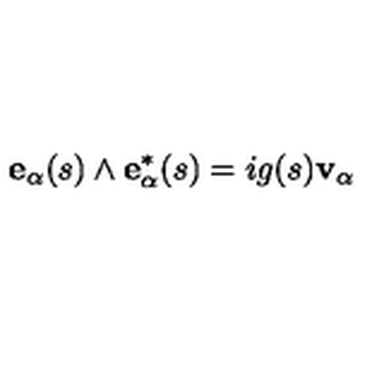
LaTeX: { \bf e } _ { \alpha } ( s ) \wedge { \bf e } _ { \alpha } ^ { * } ( s ) = i g ( s ) { \bf v } _ { \alpha }